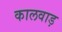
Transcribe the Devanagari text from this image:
कालवाड़